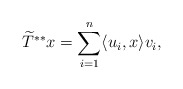
\begin{align*}\widetilde{T}^{**}x=\sum_{i=1}^n \langle u_i,x\rangle v_i,\end{align*}